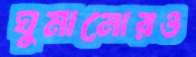
ঘুমানোরও